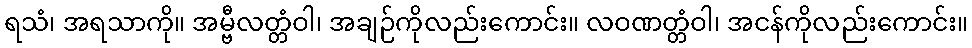
ရသံ၊ အရသာကို။ အမ္ဗီလတ္တံဝါ၊ အချဉ်ကိုလည်းကောင်း။ လဝဏတ္တံဝါ၊ အငန်ကိုလည်းကောင်း။